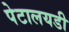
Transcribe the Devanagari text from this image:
पेटालयडी